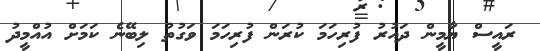
ރައީސް ޔާމީން ދައުރު ފުރިހަމަ ކުރަން ފުރިހަމަ ވަގުތު ލިބޭނެ ކަމަށް އުއްމީދު